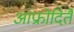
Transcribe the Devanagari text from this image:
आफ्रोदितै